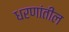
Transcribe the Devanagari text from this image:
धरणांतील